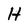
Character: H